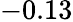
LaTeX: -0.13